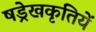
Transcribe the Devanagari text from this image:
षड्रेखकृतियें